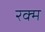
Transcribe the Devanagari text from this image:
रक्म